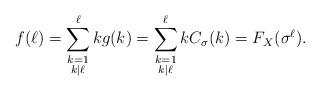
LaTeX: \begin{align*}f(\ell) = \sum_{\substack{ k= 1 \\ k|\ell}}^{\ell} k g(k) = \sum_{\substack{ k= 1 \\ k|\ell}}^{\ell} k C_{\sigma}(k) = F_X(\sigma^{\ell}). \end{align*}